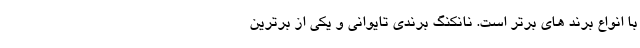
با انواع برند های برتر است. نانکنگ برندی تایوانی و یکی از برترین